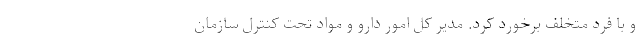
و با فرد متخلف برخورد کرد. مدیر کل امور دارو و مواد تحت کنترل سازمان